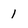
Character: 1